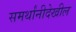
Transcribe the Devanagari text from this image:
समर्थांनीदेखील